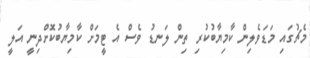
މެޗުގައި މަޑަވެލިން ކާމިޔާބުކުރި ތިން ލަނޑު ވެސް އެ ޓީމަށް ކާމިޔާބުކޮށްދިނީ އަލީ